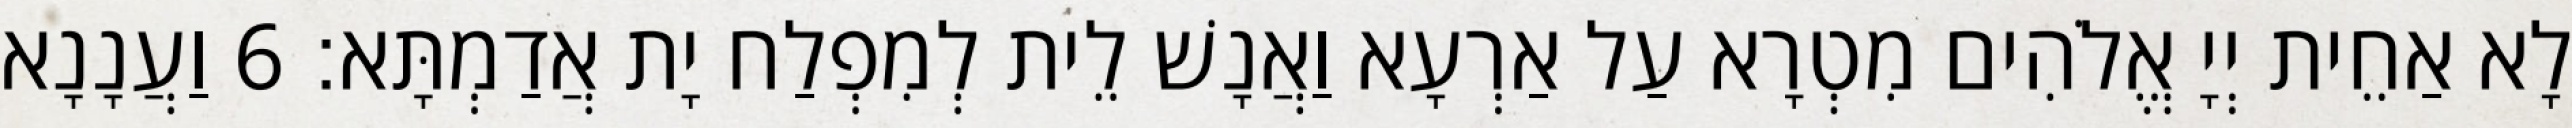
לָא אַחֵית יְיָ אֱלֹהִים מִטְרָא עַל אַרְעָא וַאֲנָשׁ לֵית לְמִפְלַח יָת אֲדַמְתָּא׃ 6 וַעֲנָנָא